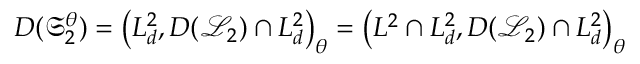
D ( \mathfrak { S } _ { 2 } ^ { \theta } ) = \left( L _ { d } ^ { 2 } , D ( \mathcal { L } _ { 2 } ) \cap L _ { d } ^ { 2 } \right) _ { \theta } = \left( L ^ { 2 } \cap L _ { d } ^ { 2 } , D ( \mathcal { L } _ { 2 } ) \cap L _ { d } ^ { 2 } \right) _ { \theta }